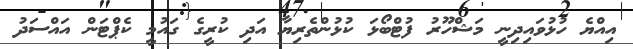
އިއްޔެ ހުޅުވައިދިނީ މަޝްހޫރު ފުޓްބޯޅަ ކުޅުންތެރިޔާ އަދި ކުރީގެ ގައުމީ ކެޕްޓަން އައްސަދު